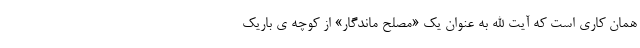
همان کاری است که آیت الله به عنوان یک «مصلح ماندگار» از کوچه ی باریک